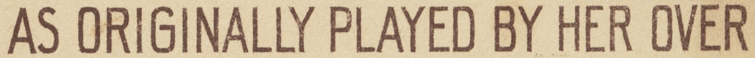
AS ORIGINALLY PLAYED BY HER OVER